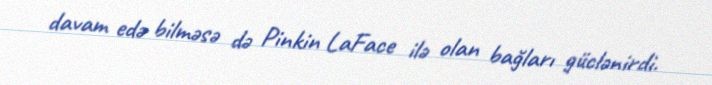
davam edə bilməsə də Pinkin LaFace ilə olan bağları güclənirdi.